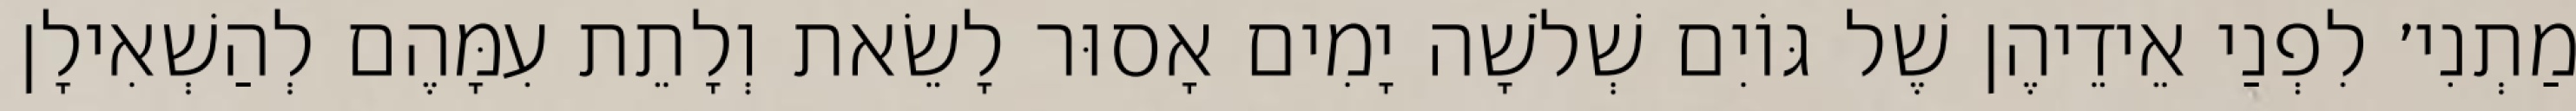
מַתְנִי׳ לִפְנַי אֵידֵיהֶן שֶׁל גּוֹיִם שְׁלֹשָׁה יָמִים אָסוּר לָשֵׂאת וְלָתֵת עִמָּהֶם לְהַשְׁאִילָן